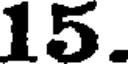
15.